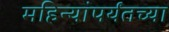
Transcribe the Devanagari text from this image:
महिन्यांपर्यंतच्या